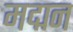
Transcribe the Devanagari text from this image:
मद्मन